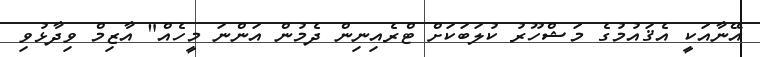
އޭނާއަކީ އެޤައުމުގެ މަޝްހޫރު ކުލަބަކަށް ޓްރެއިނިން ދެމުން އަންނަ މީހެއް" އާޒިމް ވިދާޅުވި